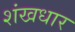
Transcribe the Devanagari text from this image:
शंखधार